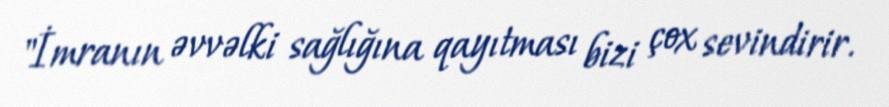
"İmranın əvvəlki sağlığına qayıtması bizi çox sevindirir.